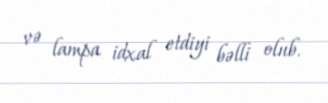
və lampa idxal etdiyi bəlli olub.